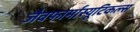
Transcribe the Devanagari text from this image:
जैवफार्मास्यूटिकल्स